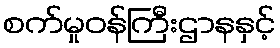
စက်မှုဝန်ကြီးဌာနနှင့်